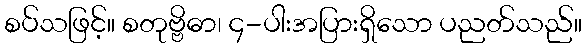
စပ်သဖြင့်။ စတုဗ္ဗိဓာ၊ ၄-ပါးအပြားရှိသော ပညတ်သည်။